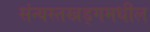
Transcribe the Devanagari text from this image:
संन्यस्तखड्गमधील